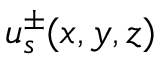
u _ { s } ^ { \pm } ( x , y , z )